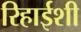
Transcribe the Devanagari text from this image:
रिहाईशी